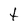
Character: t